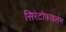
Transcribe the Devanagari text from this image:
सिरेटोफाइलम